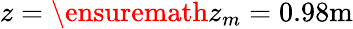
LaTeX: z=\ensuremath{z_{m}}=0.98\mathrm{m}